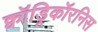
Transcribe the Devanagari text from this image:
क्वॉड्रिकॉरनिस